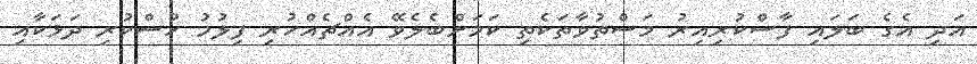
އަދި އެގެ ބަލައި ފާސްކުރިއިރު މަސްތުވާތަކެތި ކަމަށްބެލެވޭ އެއްޗެއްހުރި ފިލުމު ހުސްކުރި ދަޅަކާއި